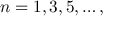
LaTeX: n = 1 , 3 , 5 , \dots ,